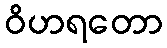
ဝိဟရတော